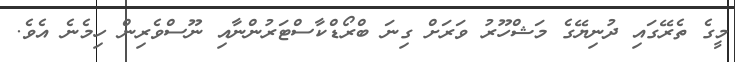
މީގެ ތެރޭގައި ދުނިޔޭގެ މަޝްހޫރު ވަރަށް ގިނަ ބްރޯޑްކާސްޓަރުންނާއި ނޫސްވެރިން ހިމެނެ އެވެ.